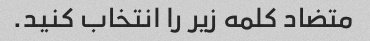
متضاد کلمه زیر را انتخاب کنید.